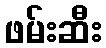
ဖမ်းဆီး